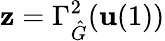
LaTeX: \mathbf{z}=\Gamma_{\hat{G}}^{2}(\mathbf{u}(1))